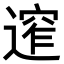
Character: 𨕠